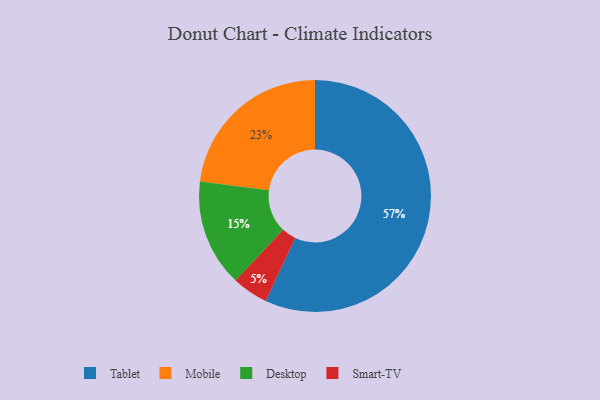
{"axis": {"x": "Category", "y": "Percentage"}, "legend": ["Desktop", "Mobile", "Smart-TV", "Tablet"], "data": [{"x": "Desktop", "y": 15, "type": "Desktop"}, {"x": "Mobile", "y": 23, "type": "Mobile"}, {"x": "Tablet", "y": 57, "type": "Tablet"}, {"x": "Smart-TV", "y": 5, "type": "Smart-TV"}]}